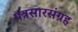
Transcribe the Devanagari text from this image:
पत्रसारसंग्रह